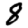
Digit: 8